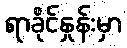
ရာခိုင်နှုန်းမှာ